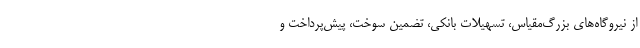
از نیروگاه‌های بزرگ‌مقیاس، تسهیلات بانکی، تضمین سوخت، پیش‌پرداخت و